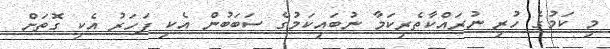
މި ކަމުގެ ހުރި ނުރައްކާތެރިކަމާ ނުބައިކަމުގެ ސަބަބުން އެކި ފަހަރު އެކި ގޮތަށް